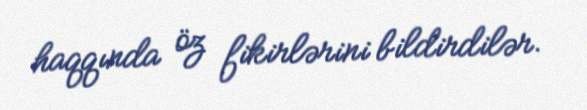
haqqında öz fikirlərini bildirdilər.